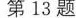
第13题